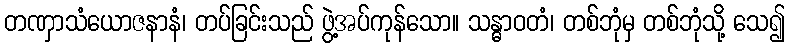
တဏှာသံယောဇနာနံ၊ တပ်ခြင်းသည် ဖွဲ့အပ်ကုန်သော။ သန္ဓာဝတံ၊ တစ်ဘုံမှ တစ်ဘုံသို့ သေ၍